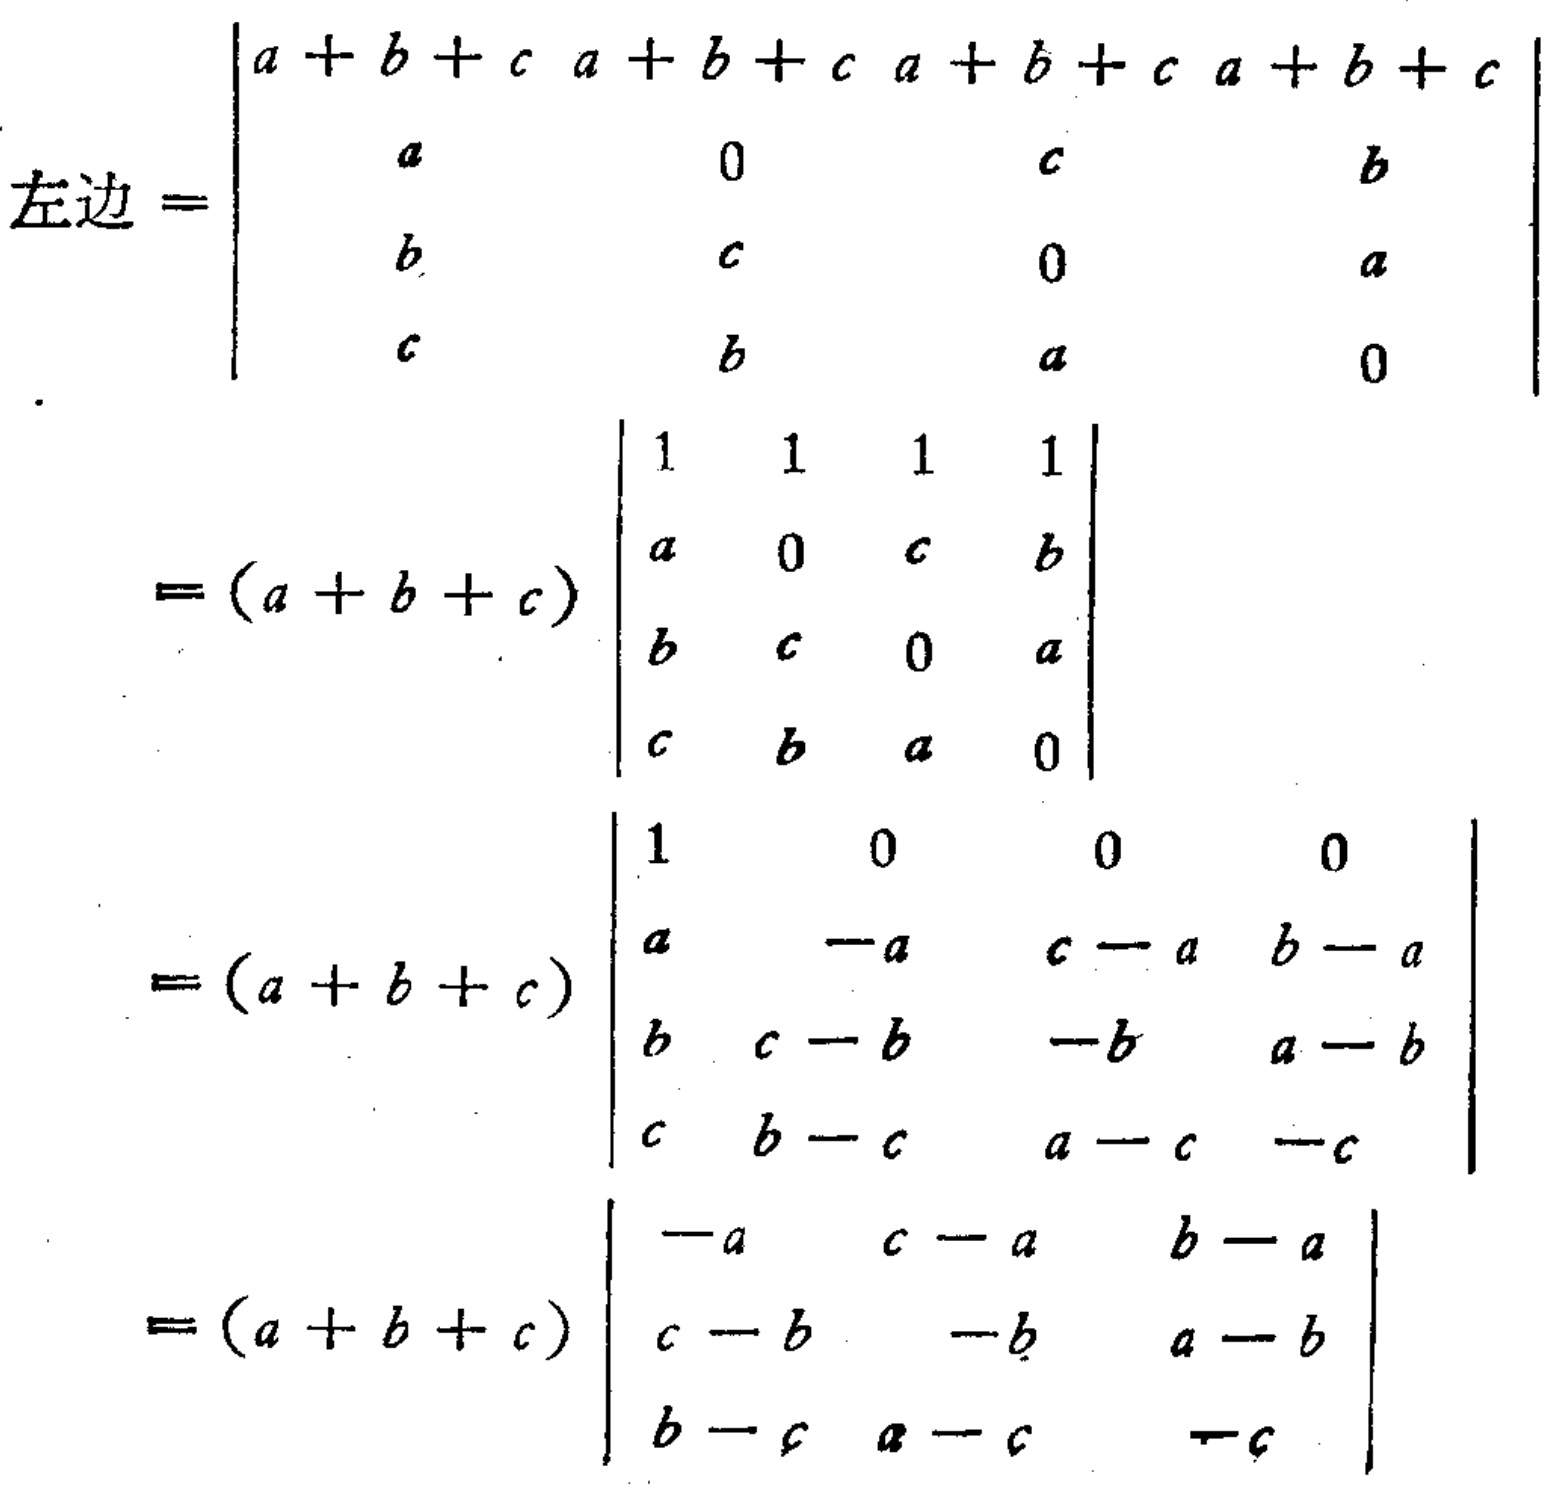
\[
\begin{align*}
\text{左边}&=
\begin{vmatrix}
a + b + c & a + b + c & a + b + c & a + b + c\\
a & 0 & c & b\\
b & c & 0 & a\\
c & b & a & 0
\end{vmatrix}\\
&=(a + b + c)
\begin{vmatrix}
1 & 1 & 1 & 1\\
a & 0 & c & b\\
b & c & 0 & a\\
c & b & a & 0
\end{vmatrix}\\
&=(a + b + c)
\begin{vmatrix}
1 & 0 & 0 & 0\\
a & -a & c - a & b - a\\
b & c - b & -b & a - b\\
c & b - c & a - c & -c
\end{vmatrix}\\
&=(a + b + c)
\begin{vmatrix}
 -a & c - a & b - a\\
c - b & -b & a - b\\
b - c & a - c & -c
\end{vmatrix}
\end{align*}
\]